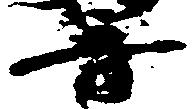
音